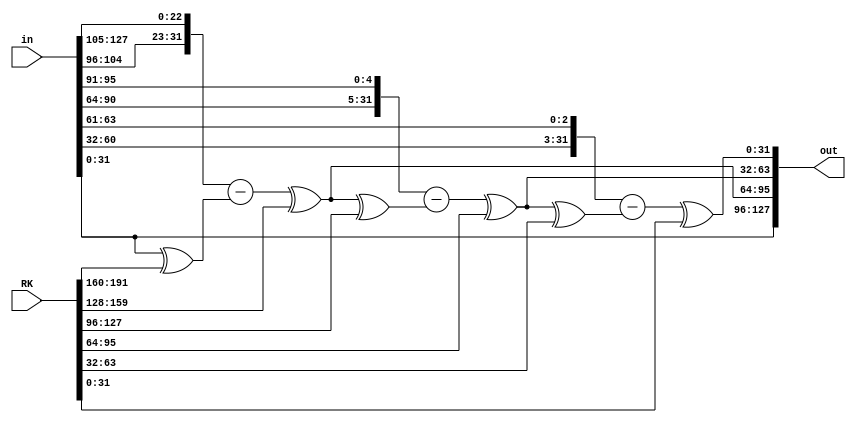
module decryptU(
	output wire [127:0] out,  // output word
	input  wire [127:0] in,  // input word
	input  wire [191:0] RK  // round key
);

	/*
	 * This module does the work of a single encryption round.
	 * The input is first split into 4 32-bit parts A, B, C, D
	 * then are XOR'ed with the key parts K0..K5 according to the following list
	 * which also includes the full operation of the module
	 * D --> out0 (32-bit)
	 * A --> RR9 --> - (out0 ^ RK0) --> ^ RK1 --> out1 (32-bit)
	 * B --> RL5 --> - (out1 ^ RK2) --> ^ RK3 --> out2 (32-bit)
	 * C --> RL3 --> - (out2 ^ RK4) --> ^ RK5 --> out3 (32-bit)
	 */
	 
	 
	//creating the rquired wires for splitting
	wire [31:0] A,    B,    C,    D;
	wire [31:0] out0, out1, out2, out3;
	wire [31:0] RK0,  RK1,  RK2,  RK3,  RK4,  RK5;
	wire [31:0] s0, s1, s2, s3;  // shifted values
	
	
	//splitting the input
	assign A    = in[127: 96],
			 B    = in[ 95: 64],
			 C    = in[ 63: 32],
			 D    = in[ 31:  0];
			 
	//assembling the output from its parts
	assign out[127: 96] = out0,
			 out[ 95: 64] = out1,
			 out[ 63: 32] = out2,
			 out[ 31:  0] = out3;
			 
	//splitting the key
	assign RK0 = RK[191:160],
			 RK1 = RK[159:128],
			 RK2 = RK[127: 96],
			 RK3 = RK[ 95: 64],
			 RK4 = RK[ 63: 32],
			 RK5 = RK[ 31:  0];
			 
	//finding the sums according to the description
	assign s0 = {A[ 8:0], A[31: 9]},
			 s1 = {B[26:0], B[31:27]},
			 s2 = {C[28:0], C[31:29]},
			 s3 = D;
			 
	//shifting and assigning the sums to the output
	assign out0 = s3,
			 out1 = (s0 - (out0 ^ RK0)) ^ RK1,
			 out2 = (s1 - (out1 ^ RK2)) ^ RK3,
			 out3 = (s2 - (out2 ^ RK4)) ^ RK5;
			 
			 
endmodule